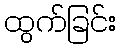
ထွက်ခြင်း